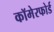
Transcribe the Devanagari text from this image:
कॉमेरफोर्ड